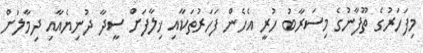
މިފަހަރުގެ ތޫފާނުގެ މިސަރާބު ހުރީ އެހެން ފަހަރުތަކާއި ޚިލާފަށް ސީދާ ދުނިޔެއާއި ދިމާލަށް